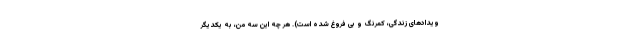
ویدادهای زندگی، کمرنگ و بی فروغ شده است). هر چه این سه من، به یکدیگر